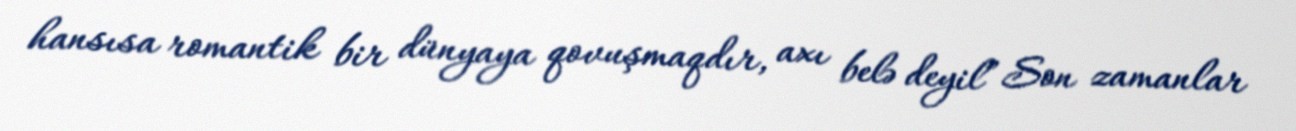
hansısa romantik bir dünyaya qovuşmaqdır, axı belə deyil” Son zamanlar